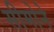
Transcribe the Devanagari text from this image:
सीमोने